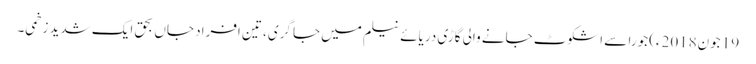
19 جون2018ء) جورا سے اشکوٹ جانے والی گاڑی دریائے نیلم میں جا گری، تین افراد جاں بحق ایک شدید زخمی۔